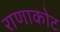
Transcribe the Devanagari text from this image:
राणाकोट